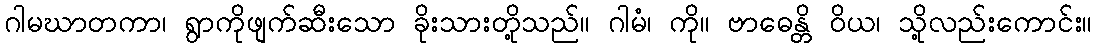
ဂါမဃာတကာ၊ ရွာကိုဖျက်ဆီးသော ခိုးသားတို့သည်။ ဂါမံ၊ ကို။ ဗာဓေန္တိ ဝိယ၊ သို့လည်းကောင်း။